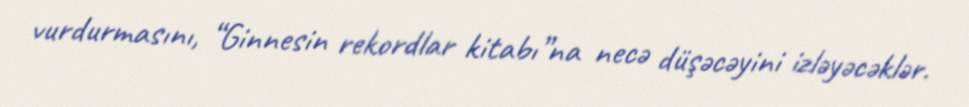
vurdurmasını, “Ginnesin rekordlar kitabı”na necə düşəcəyini izləyəcəklər.